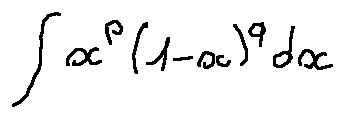
\int x ^ { p } ( 1 - x ) ^ { q } d x